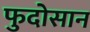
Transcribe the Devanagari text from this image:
फुदोसान